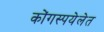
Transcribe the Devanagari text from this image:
कोंगस्पयेलेत